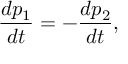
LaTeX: { \frac { d p _ { 1 } } { d t } } = - { \frac { d p _ { 2 } } { d t } } ,